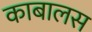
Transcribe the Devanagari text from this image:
काबालस